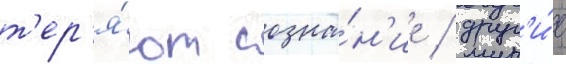
т'ер'я́ют созна́н'ие / друг'и́е